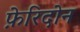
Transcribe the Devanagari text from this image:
फ़ेरिदोन